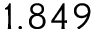
1 . 8 4 9